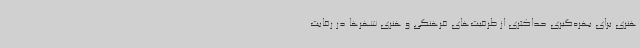
هنری برای بهره‌گیری حداکثری از ظرفیت‌های فرهنگی و هنری شهرها در رقابت